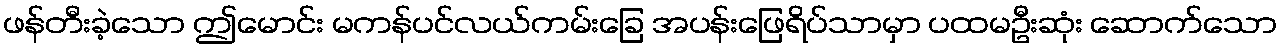
ဖန်တီးခဲ့သော ဤမောင်း မကန်ပင်လယ်ကမ်းခြေ အပန်းဖြေရိပ်သာမှာ ပထမဦးဆုံး ဆောက်သော